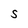
Character: S